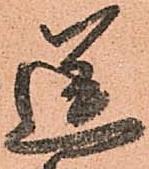
送